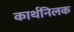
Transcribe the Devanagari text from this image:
कार्थनिलक